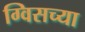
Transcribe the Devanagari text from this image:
ग्विसच्या